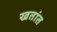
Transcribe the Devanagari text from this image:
खतांत